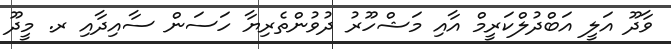
ވާދޫ އަލީ އަބްދުލްކަރީމް އާއި މަޝްހޫރު ދުވުންތެރިޔާ ހަސަން ސާއިދާއި ރ. މީދޫ